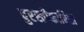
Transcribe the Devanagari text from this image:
दुरस्तीकारिता